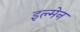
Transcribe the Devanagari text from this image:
इल्मेन